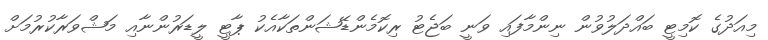
މިއަދުގެ ކޮމިޓީ ބައްދަލުވުން ނިންމާފައި ވަނީ ބަޖެޓު ރިކޮމެންޑޭޝަންތަކާއެކު ޕާޓީ ލީޑަރުންނާއި މަޝްވަރާކުރުމަށް